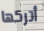
أتركها